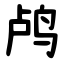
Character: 鸬